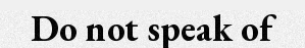
Do not speak of